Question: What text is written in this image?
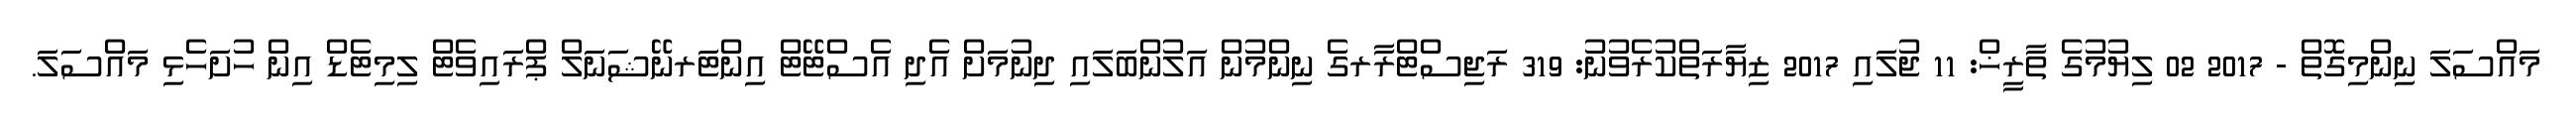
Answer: މައްސަލަ ނިންމިގޮތް - 2017 02 ލިޔުމުގެ ތާރީޚް: 11 ޖުލައި 2017 ޒިޔާރަތްކުރެވުނު: 319 ރަޖިސްޓްރާރގެ ނިންމުން އަލުންބަލައި ދިނުމަށް އެދި އެސްޓޭޓް އިންޓަރނޭޝަނަލް ޕްރައިވެޓް ލިމިޓެޑް އިން ހުށަހެޅި މައްސަލަ.